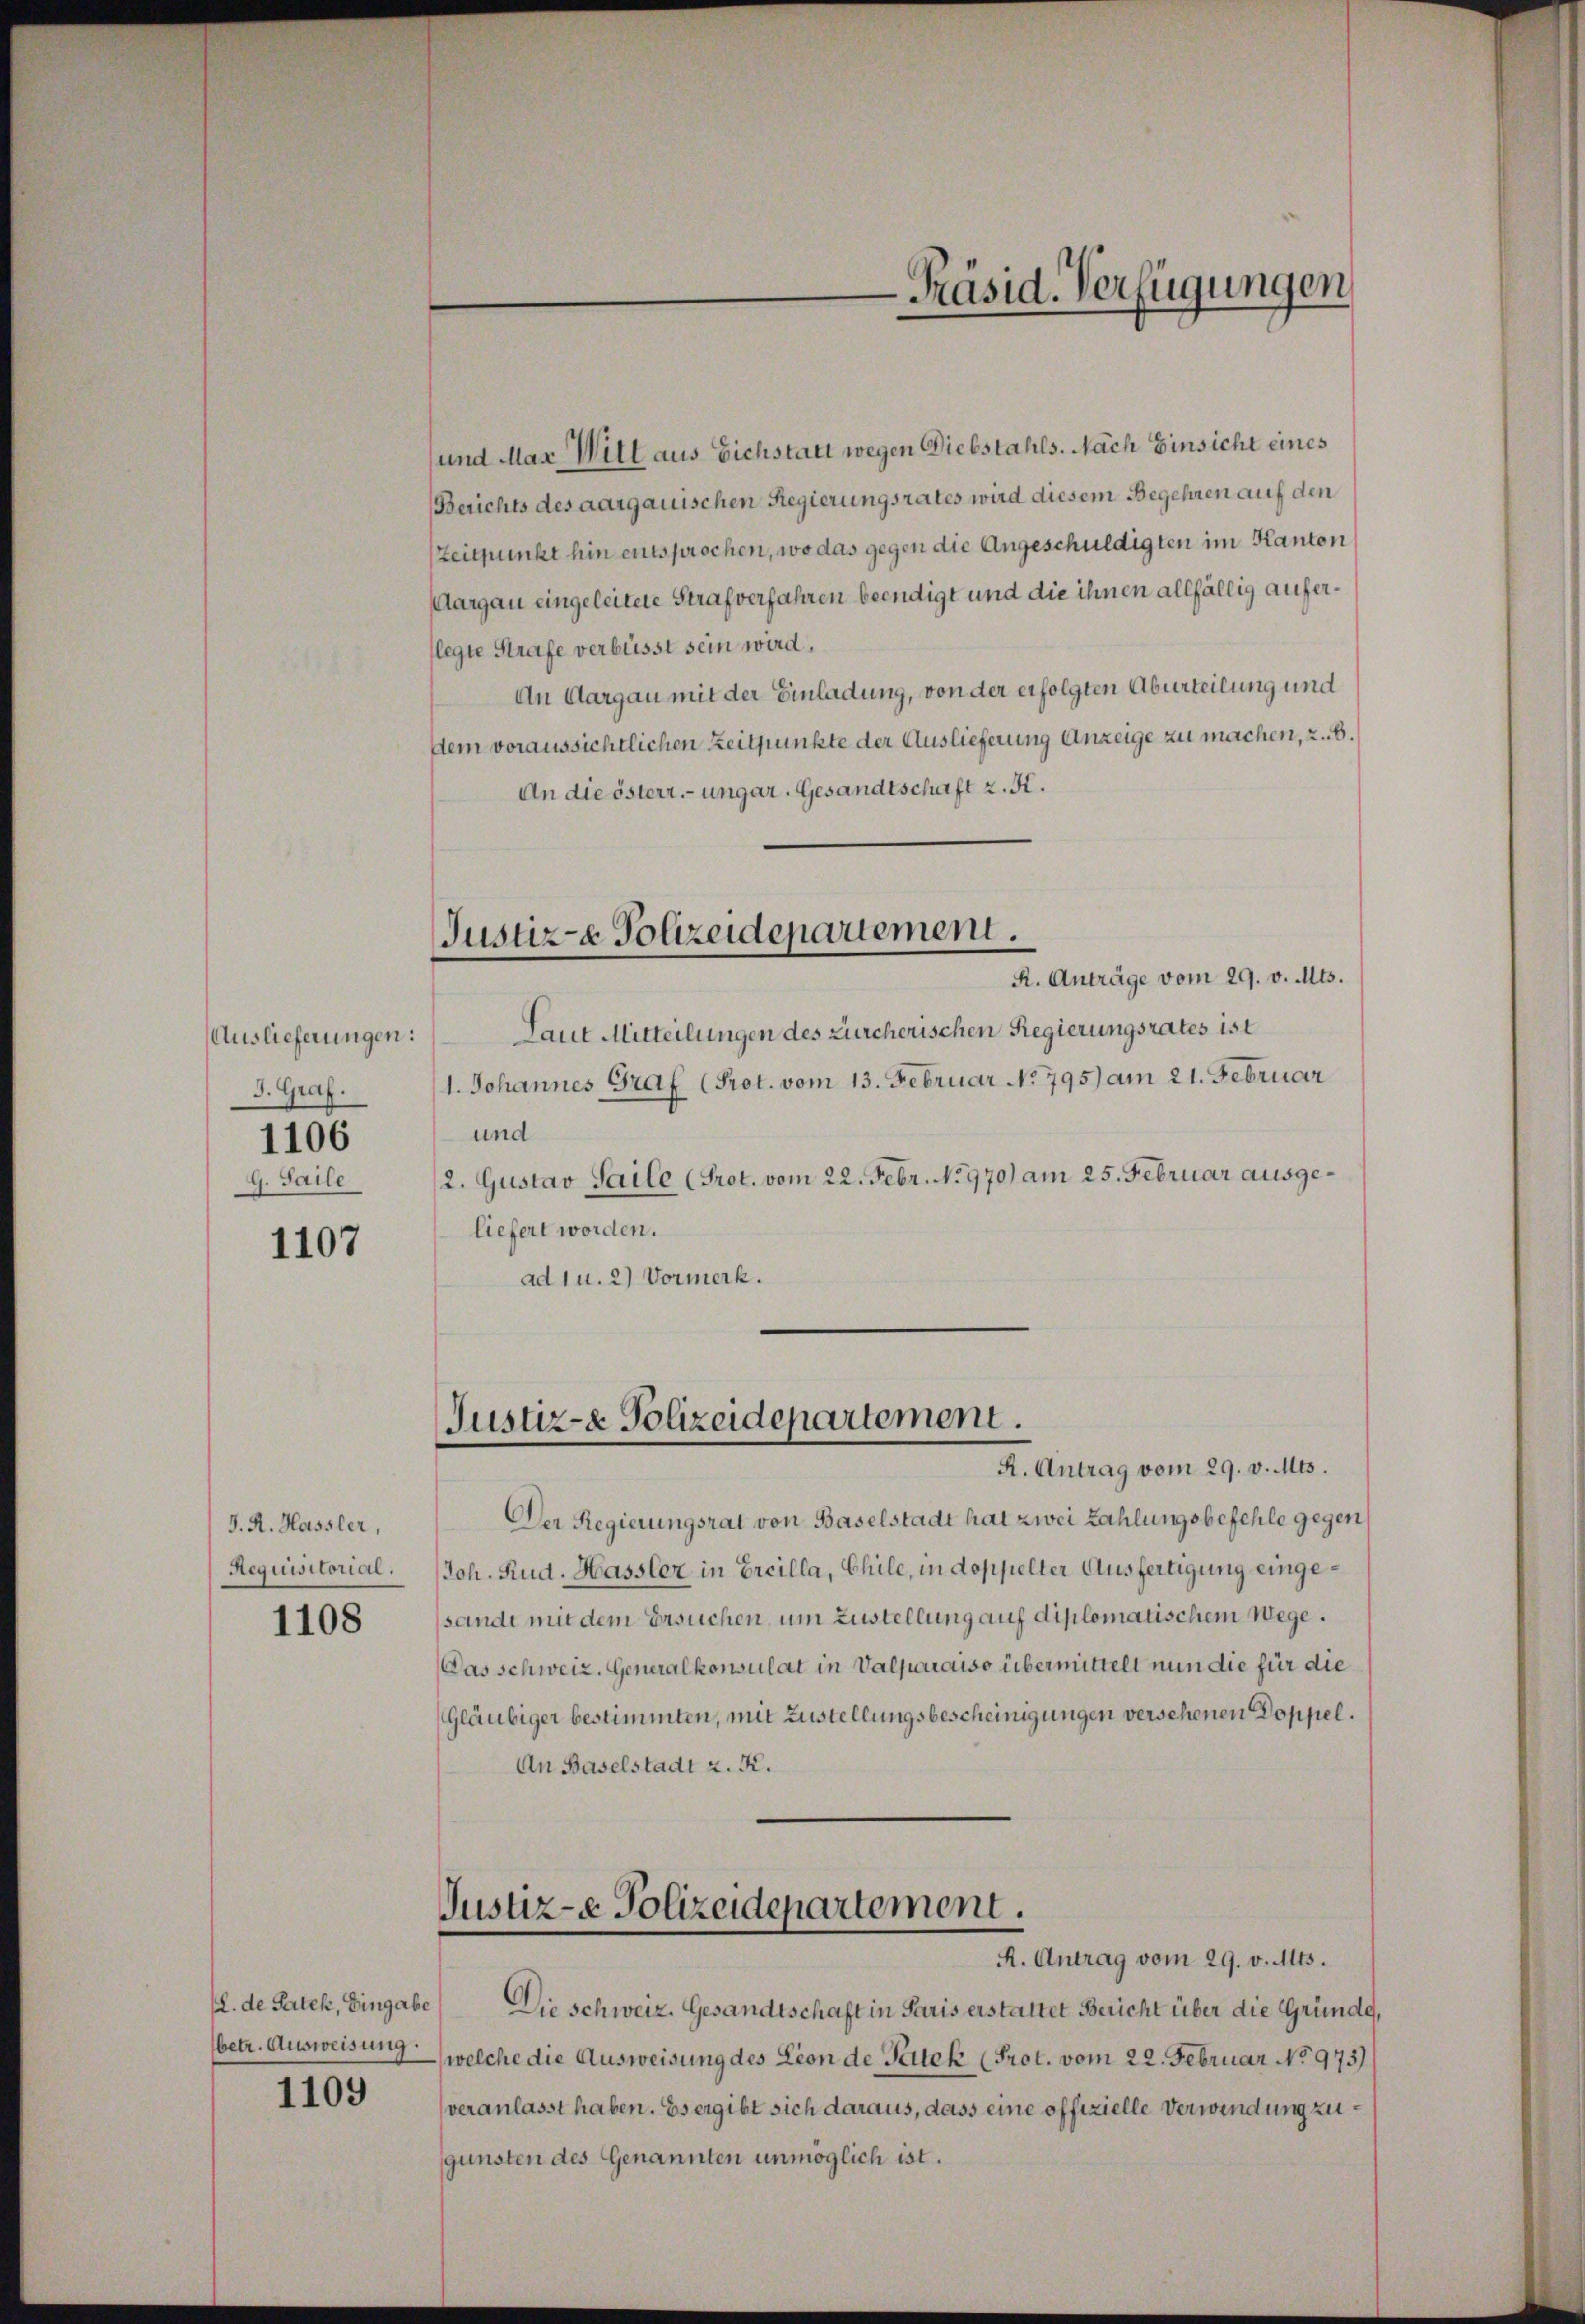
Auslieferungen:
J. Graf.
1106
G. Saile

1107

J. A. Hassler,
Requisitorial.

1108

(L. de Patek, Eingabe
betr. Ausweisung.

1109

und Max Will aus Eichstatt wegen Diebstahls. Nach Einsicht eines
Berichts des aargauischen Regierungsrates wird diesem Begehren auf den
Zeitpunkt hin entsprochen, wo das gegen die Angeschuldigten im Kanton
Aargau eingeleitete Strafverfahren beendigt und die ihnen allfällig auferlegte Strafe verbüsst sein wird.
An Aargau mit der Einladung, von der erfolgten Aburteilung und
dem voraussichtlichen Zeitpunkte der Auslieferung Anzeige zu machen, z. B.
An die österr.-ungar. Gesandtschaft z. K.
Justiz- & Polizeidepartement.
R. Anträge vom 29. v. Mts.
Laut Mitteilungen des Zürcherischen Regierungsrates ist
1. Johannes Graf (Prot. vom 13. Februar No 795) am 21. Februar
und
2. Gustav Saile (Prot. vom 22. Febr. No 970) am 25. Februar ausgeliefert worden.
ad 1 u. 2) Vormerk.

Justiz- & Polizeidepartement.

R. Antrag vom 29. v. Mts.
Der Regierungsrat von Baselstadt hat zwei Zahlungsbefehle gegen
Joh. Rud. Hassler in Ereilla, Chile, in doppelter Ausfertigung eingesandt mit dem Ersuchen, um Zustellung auf diplomatischem Wege.
Das schweiz. Generalkonsulat in Valparaiso übermittelt nun die für die
Gläubiger bestimmten, mit Zustellungsbescheinigungen versehenen Doppel¬
An Baselstadt z. K.

Die Schweiz. Gesandtschaft in Paris erstattet Bericht über die Gründe,
welche die Ausweisung des Lion de Petek (Prot. vom 22. Februar No 973)
veranlasst haben. Es ergibt sich daraus, dass eine offizielle Verwendung zugunsten des Genannten unmöglich ist.

-Präsid. Verfügungen

Justiz- & Polizeidepartement.
R. Antrag vom 29. v. Mts.